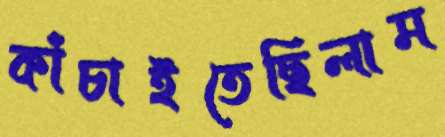
কাঁচাইতেছিলাম